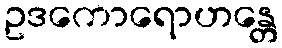
ဥဒကောရောဟန္တေ